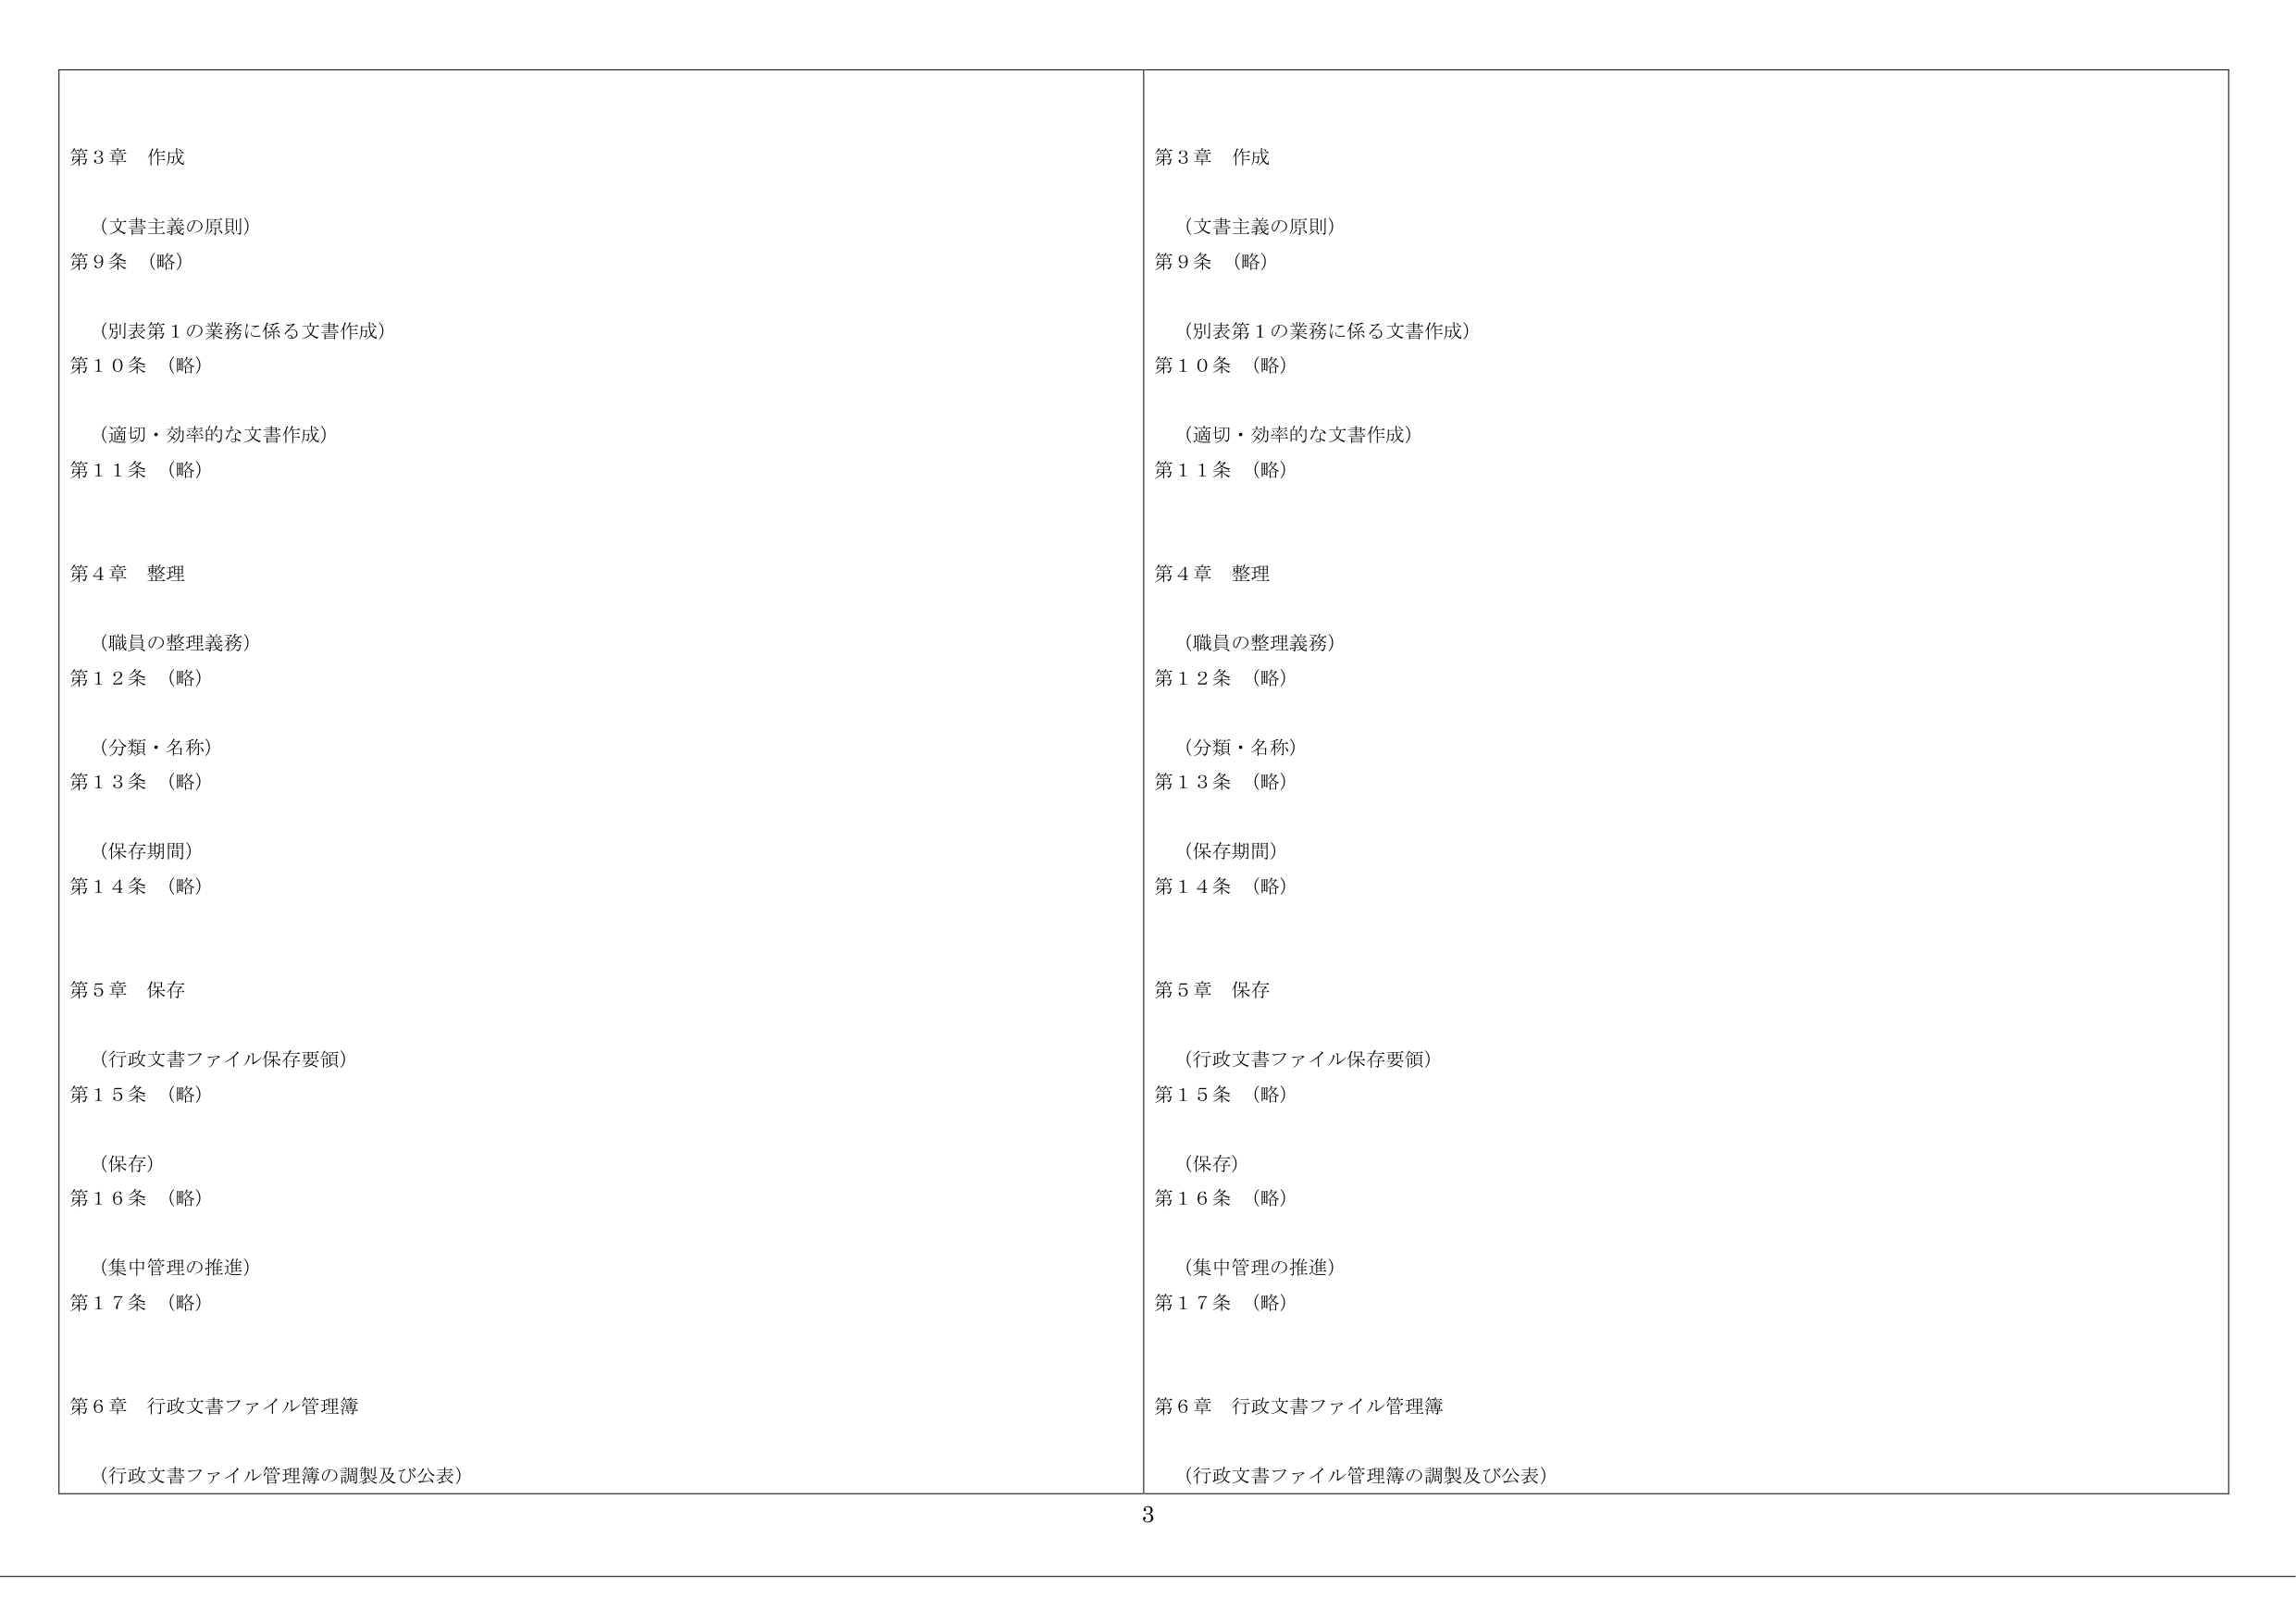
第３章 作成
（文書主義の原則）
第９条 （略）
（別表第１の業務に係る文書作成）
第１０条 （略）
（適切・効率的な文書作成）
第１１条 （略）

第４章 整理
（職員の整理義務）
第１２条 （略）
（分類・名称）
第１３条 （略）
（保存期間）
第１４条 （略）

第５章 保存
（行政文書ファイル保存要領）
第１５条 （略）
（保存）
第１６条 （略）
（集中管理の推進）
第１７条 （略）

第６章 行政文書ファイル管理簿
（行政文書ファイル管理簿の調製及び公表）

第３章 作成
（文書主義の原則）
第９条 （略）
（別表第１の業務に係る文書作成）
第１０条 （略）
（適切・効率的な文書作成）
第１１条 （略）

第４章 整理
（職員の整理義務）
第１２条 （略）
（分類・名称）
第１３条 （略）
（保存期間）
第１４条 （略）

第５章 保存
（行政文書ファイル保存要領）
第１５条 （略）
（保存）
第１６条 （略）
（集中管理の推進）
第１７条 （略）

第６章 行政文書ファイル管理簿
（行政文書ファイル管理簿の調製及び公表）

3